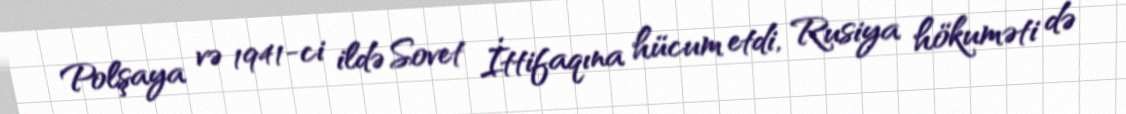
Polşaya və 1941-ci ildə Sovet İttifaqına hücum etdi, Rusiya hökuməti də